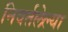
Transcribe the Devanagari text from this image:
निवर्तलेल्या